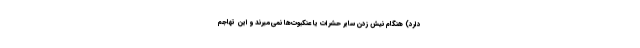
دارد) هنگام نیش زدن سایر حشرات یا عنکبوت‌ها نمی‌میرند و این تهاجم